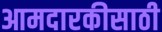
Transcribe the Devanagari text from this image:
आमदारकीसाठी